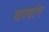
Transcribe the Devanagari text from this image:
घरवांग